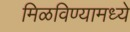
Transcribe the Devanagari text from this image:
मिळविण्यामध्ये